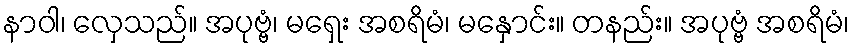
နာဝါ၊ လှေသည်။ အပုဗ္ဗံ၊ မရှေး အစရိမံ၊ မနှောင်း။ တနည်း။ အပုဗ္ဗံ အစရိမံ၊